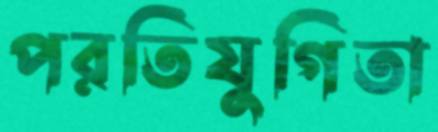
পরতিযুগিতা